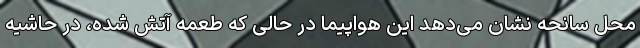
محل سانحه نشان می‌دهد این هواپیما در حالی که طعمه آتش شده، در حاشیه